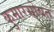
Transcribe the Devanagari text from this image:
कुमारसोबत